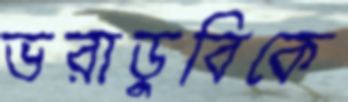
ভরাডুবিকে